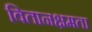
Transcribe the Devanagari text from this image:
वितानक्षमता